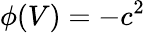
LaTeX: \phi(V)=-c^{2}